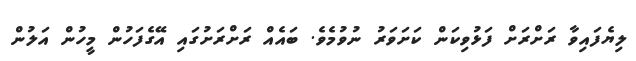
ލިޔެފައިވާ ރަށްރަށް ފަޅުވިކަން ކަށަވަރު ނުވުމެވެ. ބައެއް ރަށްރަށުގައި އޭގެފަހުން މީހުން އަލުން